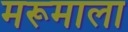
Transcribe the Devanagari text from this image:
मरूमाला